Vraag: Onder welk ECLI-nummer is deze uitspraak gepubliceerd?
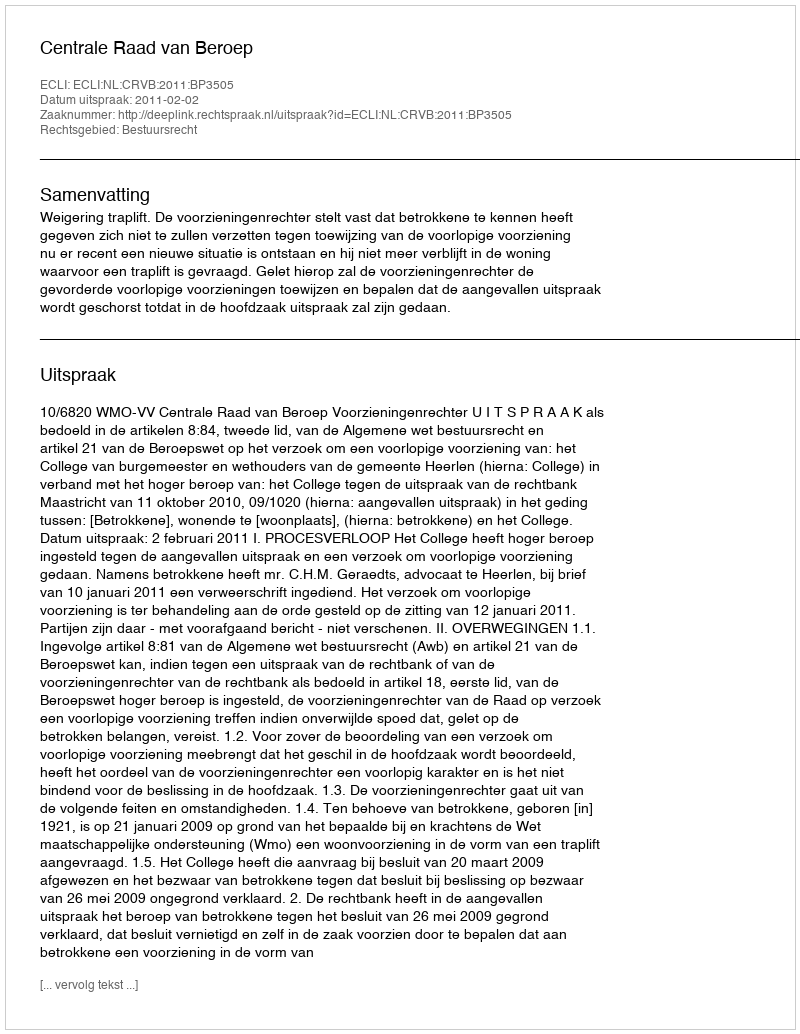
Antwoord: ECLI:NL:CRVB:2011:BP3505